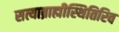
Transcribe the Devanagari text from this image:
सत्याब्राह्मीस्थितिरिव